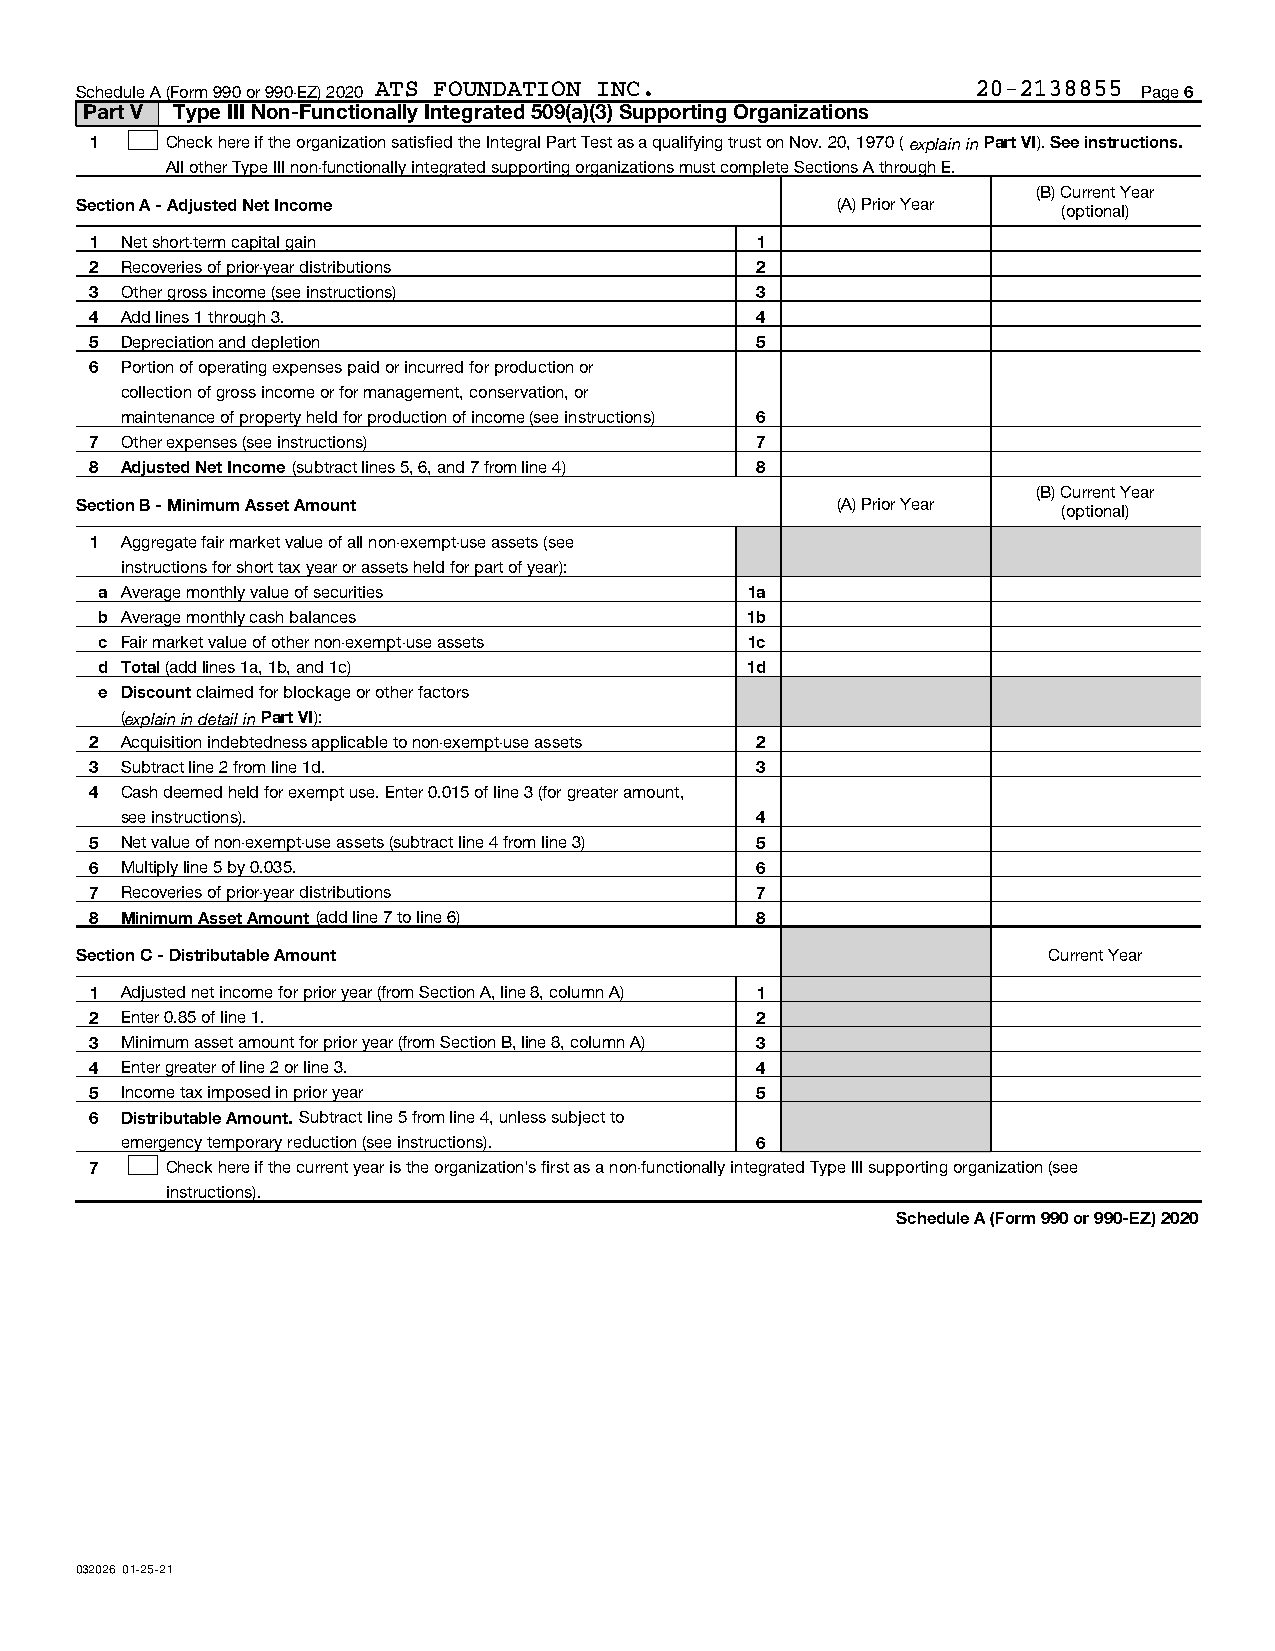
Schedule A (Form 990 or 990-EZ) 2020 ATS FOUNDATION INC.    20-2138855 Page 6
 Part V Type III Non-Functionally Integrated 509(a)(3) Supporting Organizations
 1    Check here if the organization satisfied the Integral Part Test as a qualifying trust on Nov. 20, 1970 ( explain in Part VI). See instructions.
 All other Type III non-functionally integrated supporting organizations must complete Sections A through E.
 (B) Current Year
 Section A - Adjusted Net Income                   (A) Prior Year (optional)
 1 Net short-term capital gain               1
 2 Recoveries of prior-year distributions    2
 3 Other gross income (see instructions)     3
 4 Add lines 1 through 3.                    4
 5 Depreciation and depletion                5
 6 Portion of operating expenses paid or incurred for production or
 collection of gross income or for management, conservation, or
 maintenance of property held for production of income (see instructions) 6
 7 Other expenses (see instructions)         7
 8 Adjusted Net Income (subtract lines 5, 6, and 7 from line 4) 8
 (B) Current Year
 Section B - Minimum Asset Amount                  (A) Prior Year (optional)
 1 Aggregate fair market value of all non-exempt-use assets (see
 instructions for short tax year or assets held for part of year):
 a Average monthly value of securities     1a
 b Average monthly cash balances           1b
 c Fair market value of other non-exempt-use assets 1c
 d Total (add lines 1a, 1b, and 1c)        1d
 e Discount claimed for blockage or other factors
 (explain in detail in Part VI):
 2 Acquisition indebtedness applicable to non-exempt-use assets 2
 3 Subtract line 2 from line 1d.             3
 4 Cash deemed held for exempt use. Enter 0.015 of line 3 (for greater amount,
 see instructions).                        4
 5 Net value of non-exempt-use assets (subtract line 4 from line 3) 5
 6 Multiply line 5 by 0.035.                 6
 7 Recoveries of prior-year distributions    7
 8 Minimum Asset Amount (add line 7 to line 6) 8
 Section C - Distributable Amount                                Current Year
 1 Adjusted net income for prior year (from Section A, line 8, column A) 1
 2 Enter 0.85 of line 1.                     2
 3 Minimum asset amount for prior year (from Section B, line 8, column A) 3
 4 Enter greater of line 2 or line 3.        4
 5 Income tax imposed in prior year          5
 6 Distributable Amount. Subtract line 5 from line 4, unless subject to
 emergency temporary reduction (see instructions). 6
 7    Check here if the current year is the organization's first as a non-functionally integrated Type III supporting organization (see
 instructions).
 Schedule A (Form 990 or 990-EZ) 2020
 032026 01-25-21